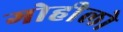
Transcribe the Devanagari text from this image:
गोहीलो